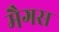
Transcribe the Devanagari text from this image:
मैगस